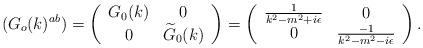
LaTeX: \begin{align*}(G_{o}(k)^{ab})=\left( \begin{array}{cc}G_{0}(k) & 0 \\ 0 & \widetilde{G}_{0}(k)\end{array}\right) =\left( \begin{array}{cc}\frac{1}{k^{2}-m^{2}+i\epsilon } & 0 \\0 & \frac{-1}{k^{2}-m^{2}-i\epsilon }\end{array}\right) . \end{align*}